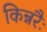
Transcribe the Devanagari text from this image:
किन्नरैः